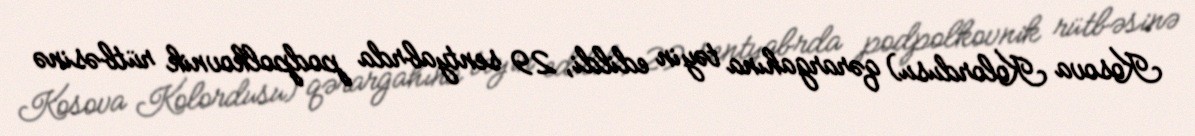
Kosova Kolordusu) qərargahına təyin edildi, 29 sentyabrda podpolkovnik rütbəsinə